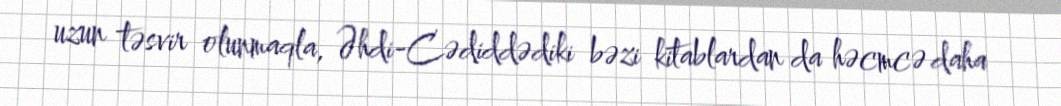
uzun təsvir olunmaqla, Əhdi-Cədiddədiki bəzi kitablardan da həcmcə daha